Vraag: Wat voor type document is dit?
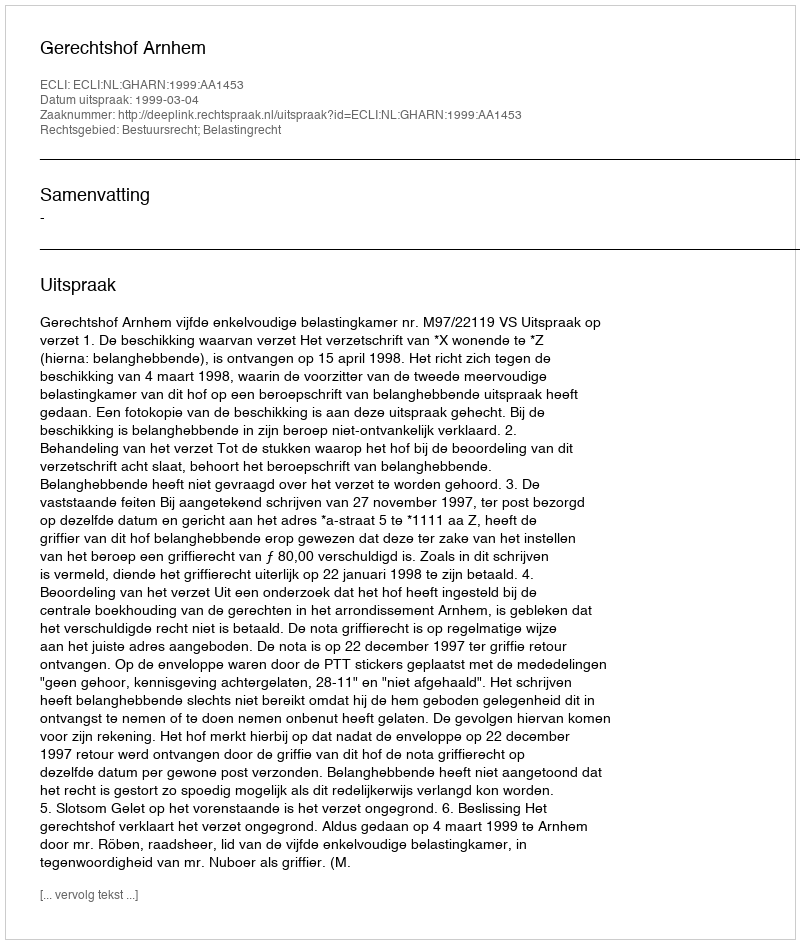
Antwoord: Uitspraak